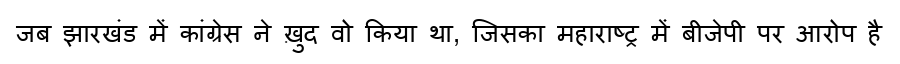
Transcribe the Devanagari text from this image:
जब झारखंड में कांग्रेस ने ख़ुद वो किया था, जिसका महाराष्ट्र में बीजेपी पर आरोप है